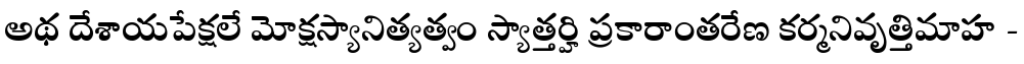
అథ దేశాయపేక్షలే మోక్షస్యానిత్యత్వం స్యాత్తర్హి ప్రకారాంతరేణ కర్మనివృత్తిమాహ -